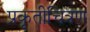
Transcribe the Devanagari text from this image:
प्रकृतीचित्रण